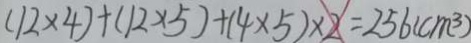
( 1 2 \times 4 ) + ( 1 2 \times 5 ) + ( 4 \times 5 ) \times 2 = 2 5 6 ( c m ^ { 3 } )